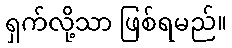
ရှက်လို့သာ ဖြစ်ရမည်။